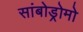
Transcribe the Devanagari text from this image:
सांबोड्रोमो